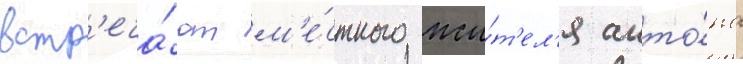
встр'еча́ют м'е́стного жи́т'ел'я анто́на